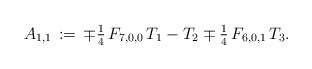
\begin{align*}A_{1,1}\,:=\,\mp\tfrac{1}{4}\,F_{7,0,0}\,T_1-T_2\mp\tfrac{1}{4}\,F_{6,0,1}\,T_3.\end{align*}